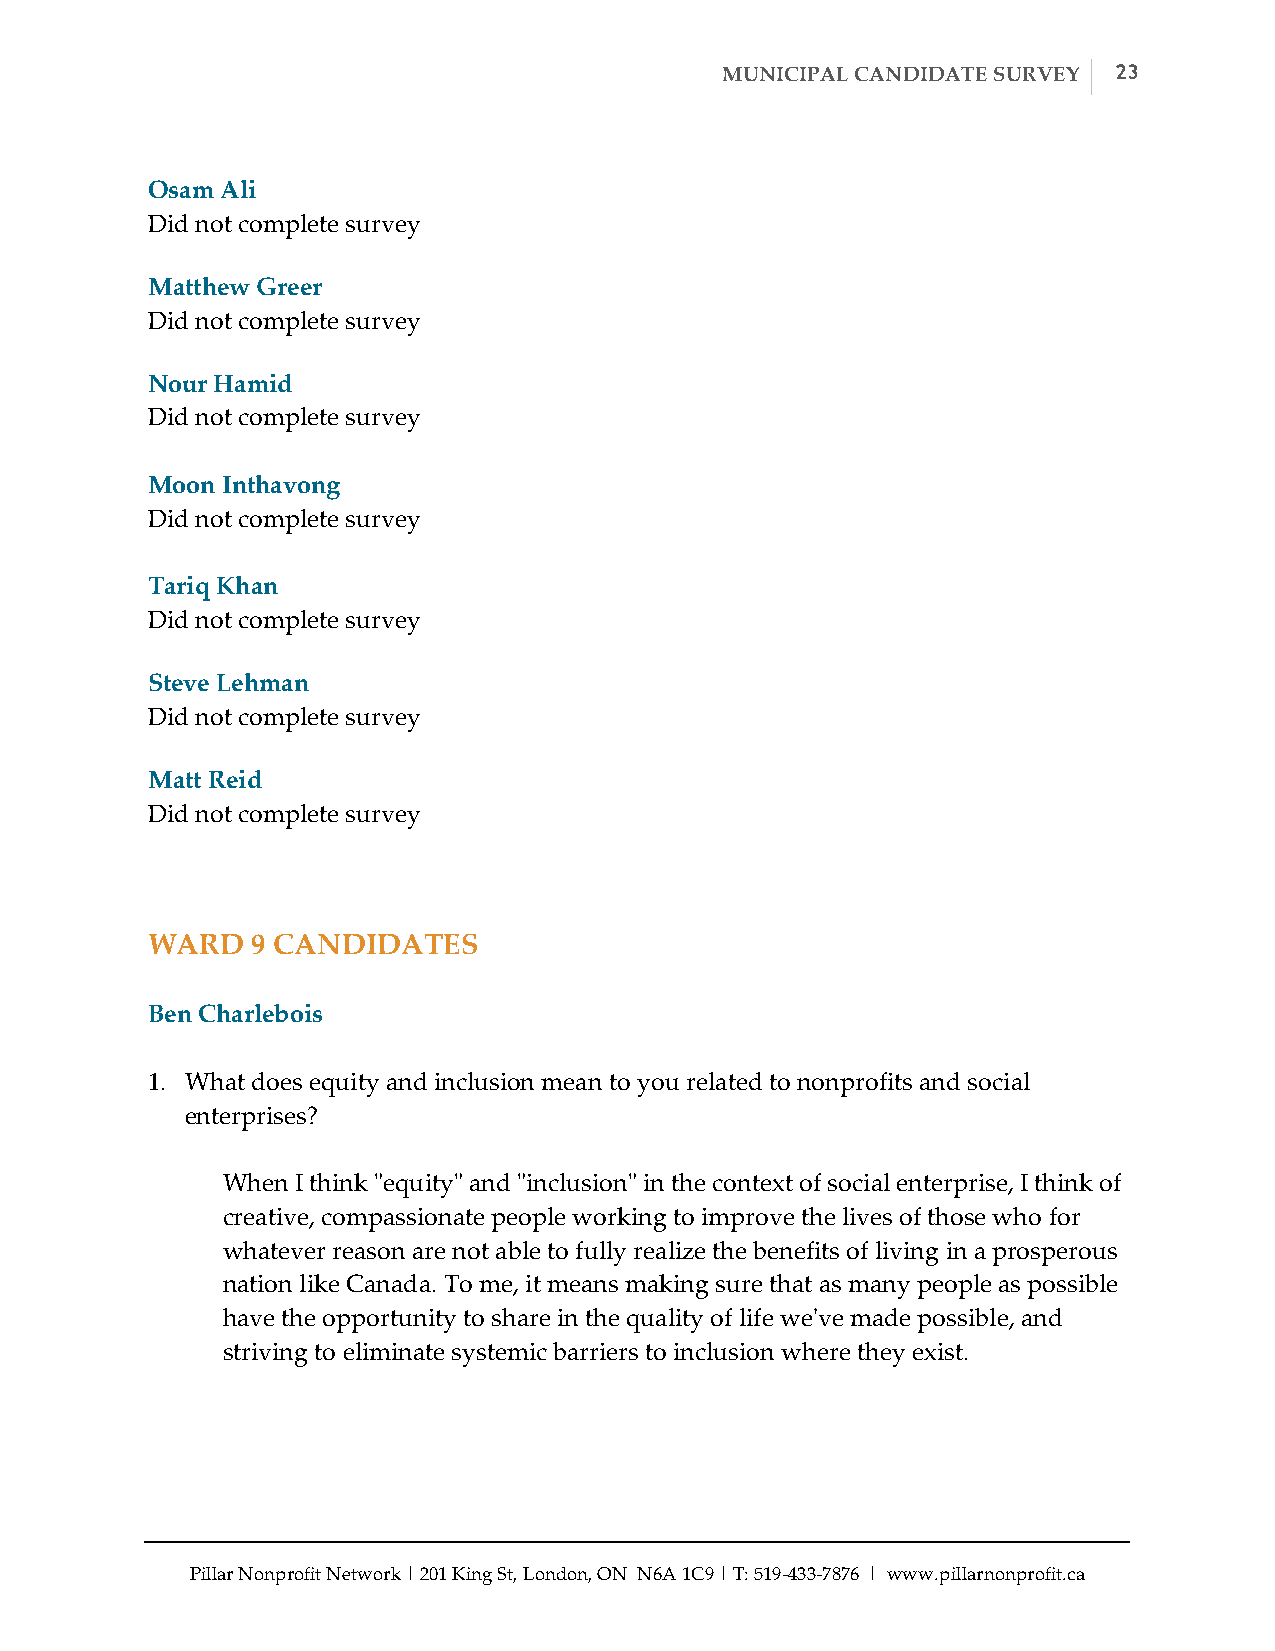
MUNICIPAL CANDIDATE SURVEY 23
 Osam Ali
 Did not complete survey
 Matthew Greer
 Did not complete survey
 Nour Hamid
 Did not complete survey
 Moon Inthavong
 Did not complete survey
 Tariq Khan
 Did not complete survey
 Steve Lehman
 Did not complete survey
 Matt Reid
 Did not complete survey
 WARD   9 CANDIDATES
 Ben Charlebois
 1. What does equity and inclusion mean to you related to nonprofits and social
 enterprises?
 When I think "ʺequity"ʺ and "ʺinclusion"ʺ in the context of social enterprise, I think of
 creative, compassionate people working to improve the lives of those who for
 whatever reason are not able to fully realize the benefits of living in a prosperous
 nation like Canada. To me, it means making sure that as many people as possible
 have the opportunity to share in the quality of life we'ʹve made possible, and
 striving to eliminate systemic barriers to inclusion where they exist.
 Pillar Nonprofit Network | 201 King St, London, ON N6A 1C9 | T: 519-­‐‑433-­‐‑7876 | www.pillarnonprofit.ca